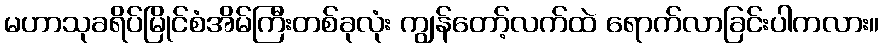
မဟာသုခရိပ်မြိုင်စံအိမ်ကြီးတစ်ခုလုံး ကျွန်တော့်လက်ထဲ ရောက်လာခြင်းပါကလား။